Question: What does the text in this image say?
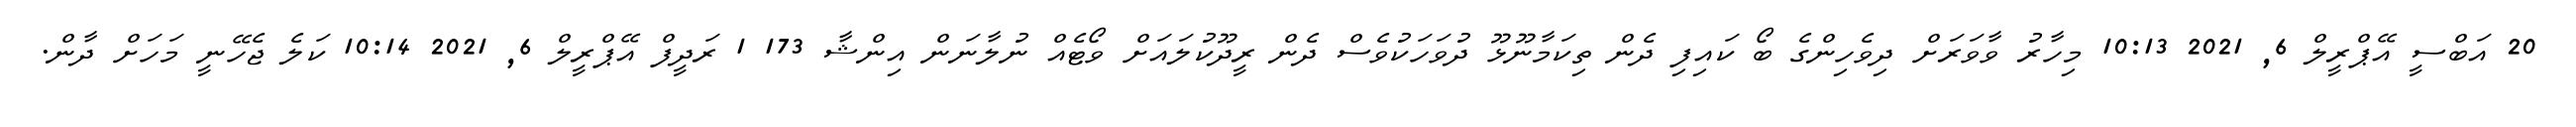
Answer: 20 އަބްސީ އޭޕްރީލް 6, 2021 10:13 މިހާރު ވާވަރަށް ދިވެހިންގެ ބޯ ކައިފި ދެން ތިކަމާނޫޅޫ ދުވަހަކުވެސް ދެން ރީދޫކުލައަށް ވޯޓެއް ނުލާނަން އިންޝާ 173 1 ރަދީފް އޭޕްރީލް 6, 2021 10:14 ކަލެ ޖެހޭނީ މަހަށް ދާން.